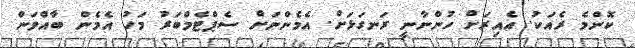
ކޮންމެ ރެއަކު. އެއިރަށް ހުންނާނީ ރަނގަޅަށް. އެމެންނަށް ސެޕްޓެމްބަރު މަހު އެމެން ބާއްވަން